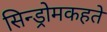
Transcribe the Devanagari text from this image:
सिन्ड्रोमकहते